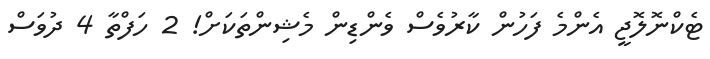
ޓެކްނޮލޮޖީ އެންމެ ފަހުން ކާރުވެސް ވެންޑިން މެޝިންތަކަށް! 2 ހަފްތާ 4 ދުވަސް